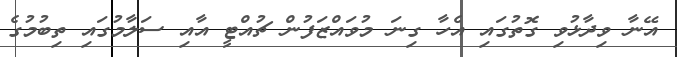
އޭނާ ވިދާޅުވި ގޮތުގައި އެހާ ގިނަ މުވައްޒަފުން ޗުއްޓީ އާއި ސަލާމުގައި ތިބުމުގެ